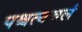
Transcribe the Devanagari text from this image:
पश्चत्यचलं